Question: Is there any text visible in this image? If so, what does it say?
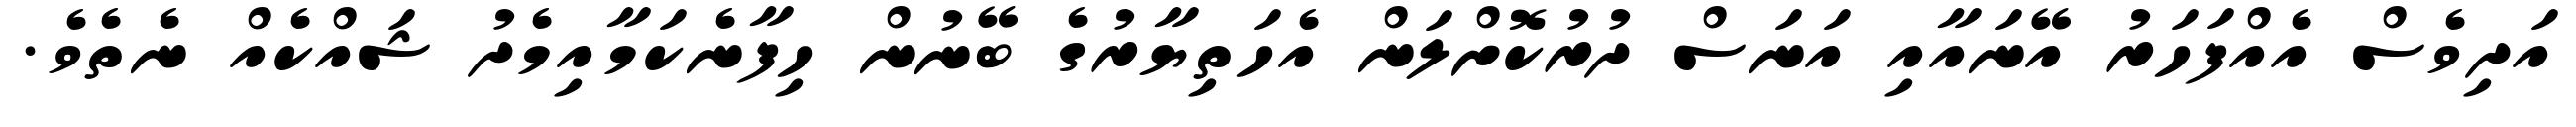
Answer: އަދިވެސް އެއްފަހަރު އޭނައާއި އަނަސް ދުރުކޮށްލަން އެހަތިޔާރުގެ ބޭނުން ހިފާނެކަމާއިމެދު ޝައްކެއް ނެތެވެ.